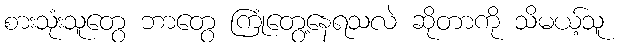
စားသုံးသူတွေ ဘာတွေ ကြုံတွေ့နေရသလဲ ဆိုတာကို သိမယ့်သူ